Report of an investigation into the causes of the diseases known in Assam as Kála-Azár and Beri-Beri
Disease focus: Beri-Beri
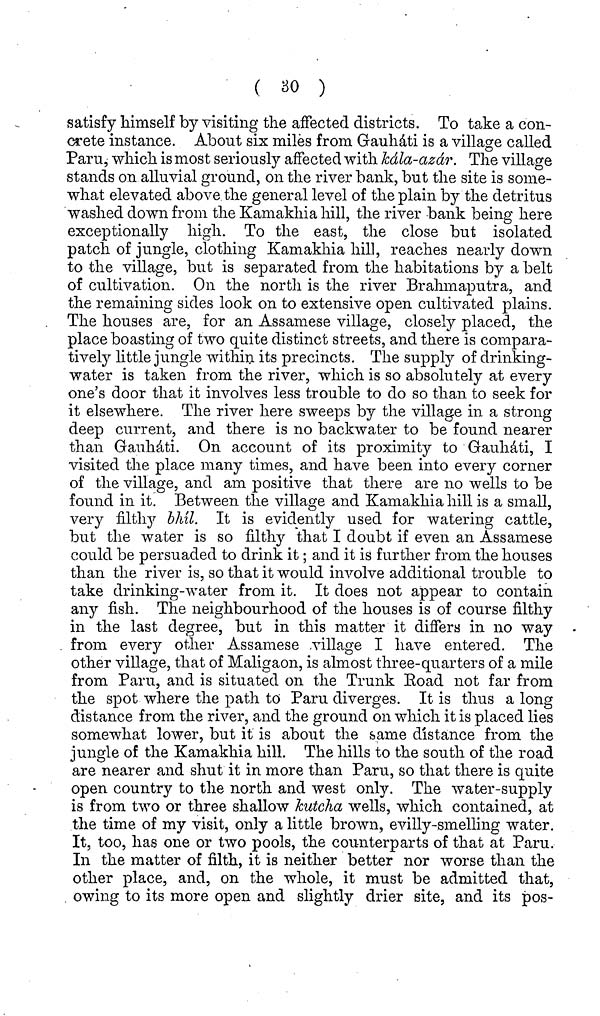
( 30 )
satisfy himself by visiting the affected districts. To take a con-
crete instance. About six miles from Gauháti is a village called
Para, which is most seriously affected with kála-azár. The village
stands on alluvial ground, on the river bank, but the site is some-
what elevated above the general level of the plain by the detritus
washed down from the Kamakhia hill, the river bank being here
exceptionally high. To the east, the close but isolated
patch of jungle, clothing Kamakhia hill, reaches nearly down
to the village, but is separated from the habitations by a belt
of cultivation. On the north is the river Brahmaputra, and
the remaining sides look on to extensive open cultivated plains.
The houses are, for an Assamese village, closely placed, the
place boasting of two quite distinct streets, and there is compara-
tively little jungle within its precincts. The supply of drinking-
water is taken from the river, which is so absolutely at every
one's door that it involves less trouble to do so than to seek for
it elsewhere. The river here sweeps by the village in a strong
deep current, and there is no backwater to be found nearer
than Gauháti. On account of its proximity to Gauháti, I
visited the place many times, and have been into every corner
of the village, and am positive that there are no wells to be
found in it. Between the village and Kamakhia hill is a small,
very filthy bhíl. It is evidently used for watering cattle,
but the water is so filthy that I doubt if even an Assamese
could be persuaded to drink it ; and it is further from the houses
than the river is, so that it would involve additional trouble to
take drinking-water from it. It does not appear to contain
any fish. The neighbourhood of the houses is of course filthy
in the last degree, but in this matter it differs in no way
from every other Assamese village I have entered. The
other village, that of Maligaon, is almost three-quarters of a mile
from Pani, and is situated on the Trunk Eoad not far from
the spot where the path to Paru diverges. It is thus a long
distance from the river, and the ground on which it is placed lies
somewhat lower, but it is about the same distance from the
jungle of the Kamakhia hill. The hills to the south of the road
are nearer and shut it in more than Paru, so that there is quite
open country to the north and west only. The water-supply
is from two or three shallow Kutcha wells, which contained, at
the time of my visit, only a little brown, evilly-smelling water.
It, too, has one or two pools, the counterparts of that at Paru.
In the matter of filth, it is neither better nor worse than the
other place, and, on the whole, it must be admitted that,
owing to its more open and slightly drier site, and its pos-